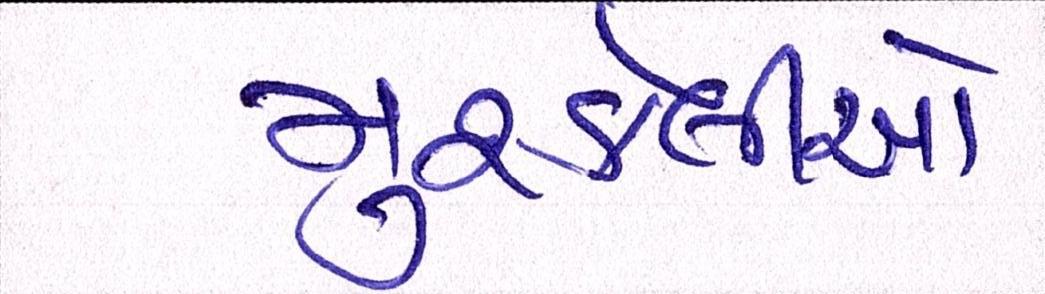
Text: મુશ્કેલીઓ